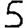
Digit: 5